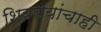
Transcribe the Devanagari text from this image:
शिवरायांचाही